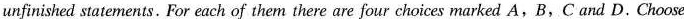
unfinished statements. For each of them there are four choices marked A,B,C and D. Choose